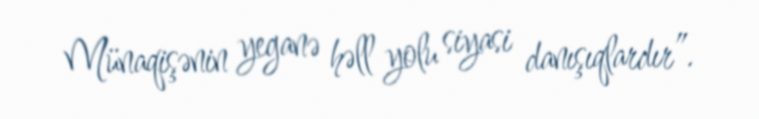
Münaqişənin yeganə həll yolu siyasi danışıqlardır”.